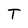
Character: T